DOW-UAP-D62, Mission Report, Strait of Hormuz, September 2020
Agency: Department of War
Incident date: 9/16/20
Incident location: Strait of Hormuz
Page 7
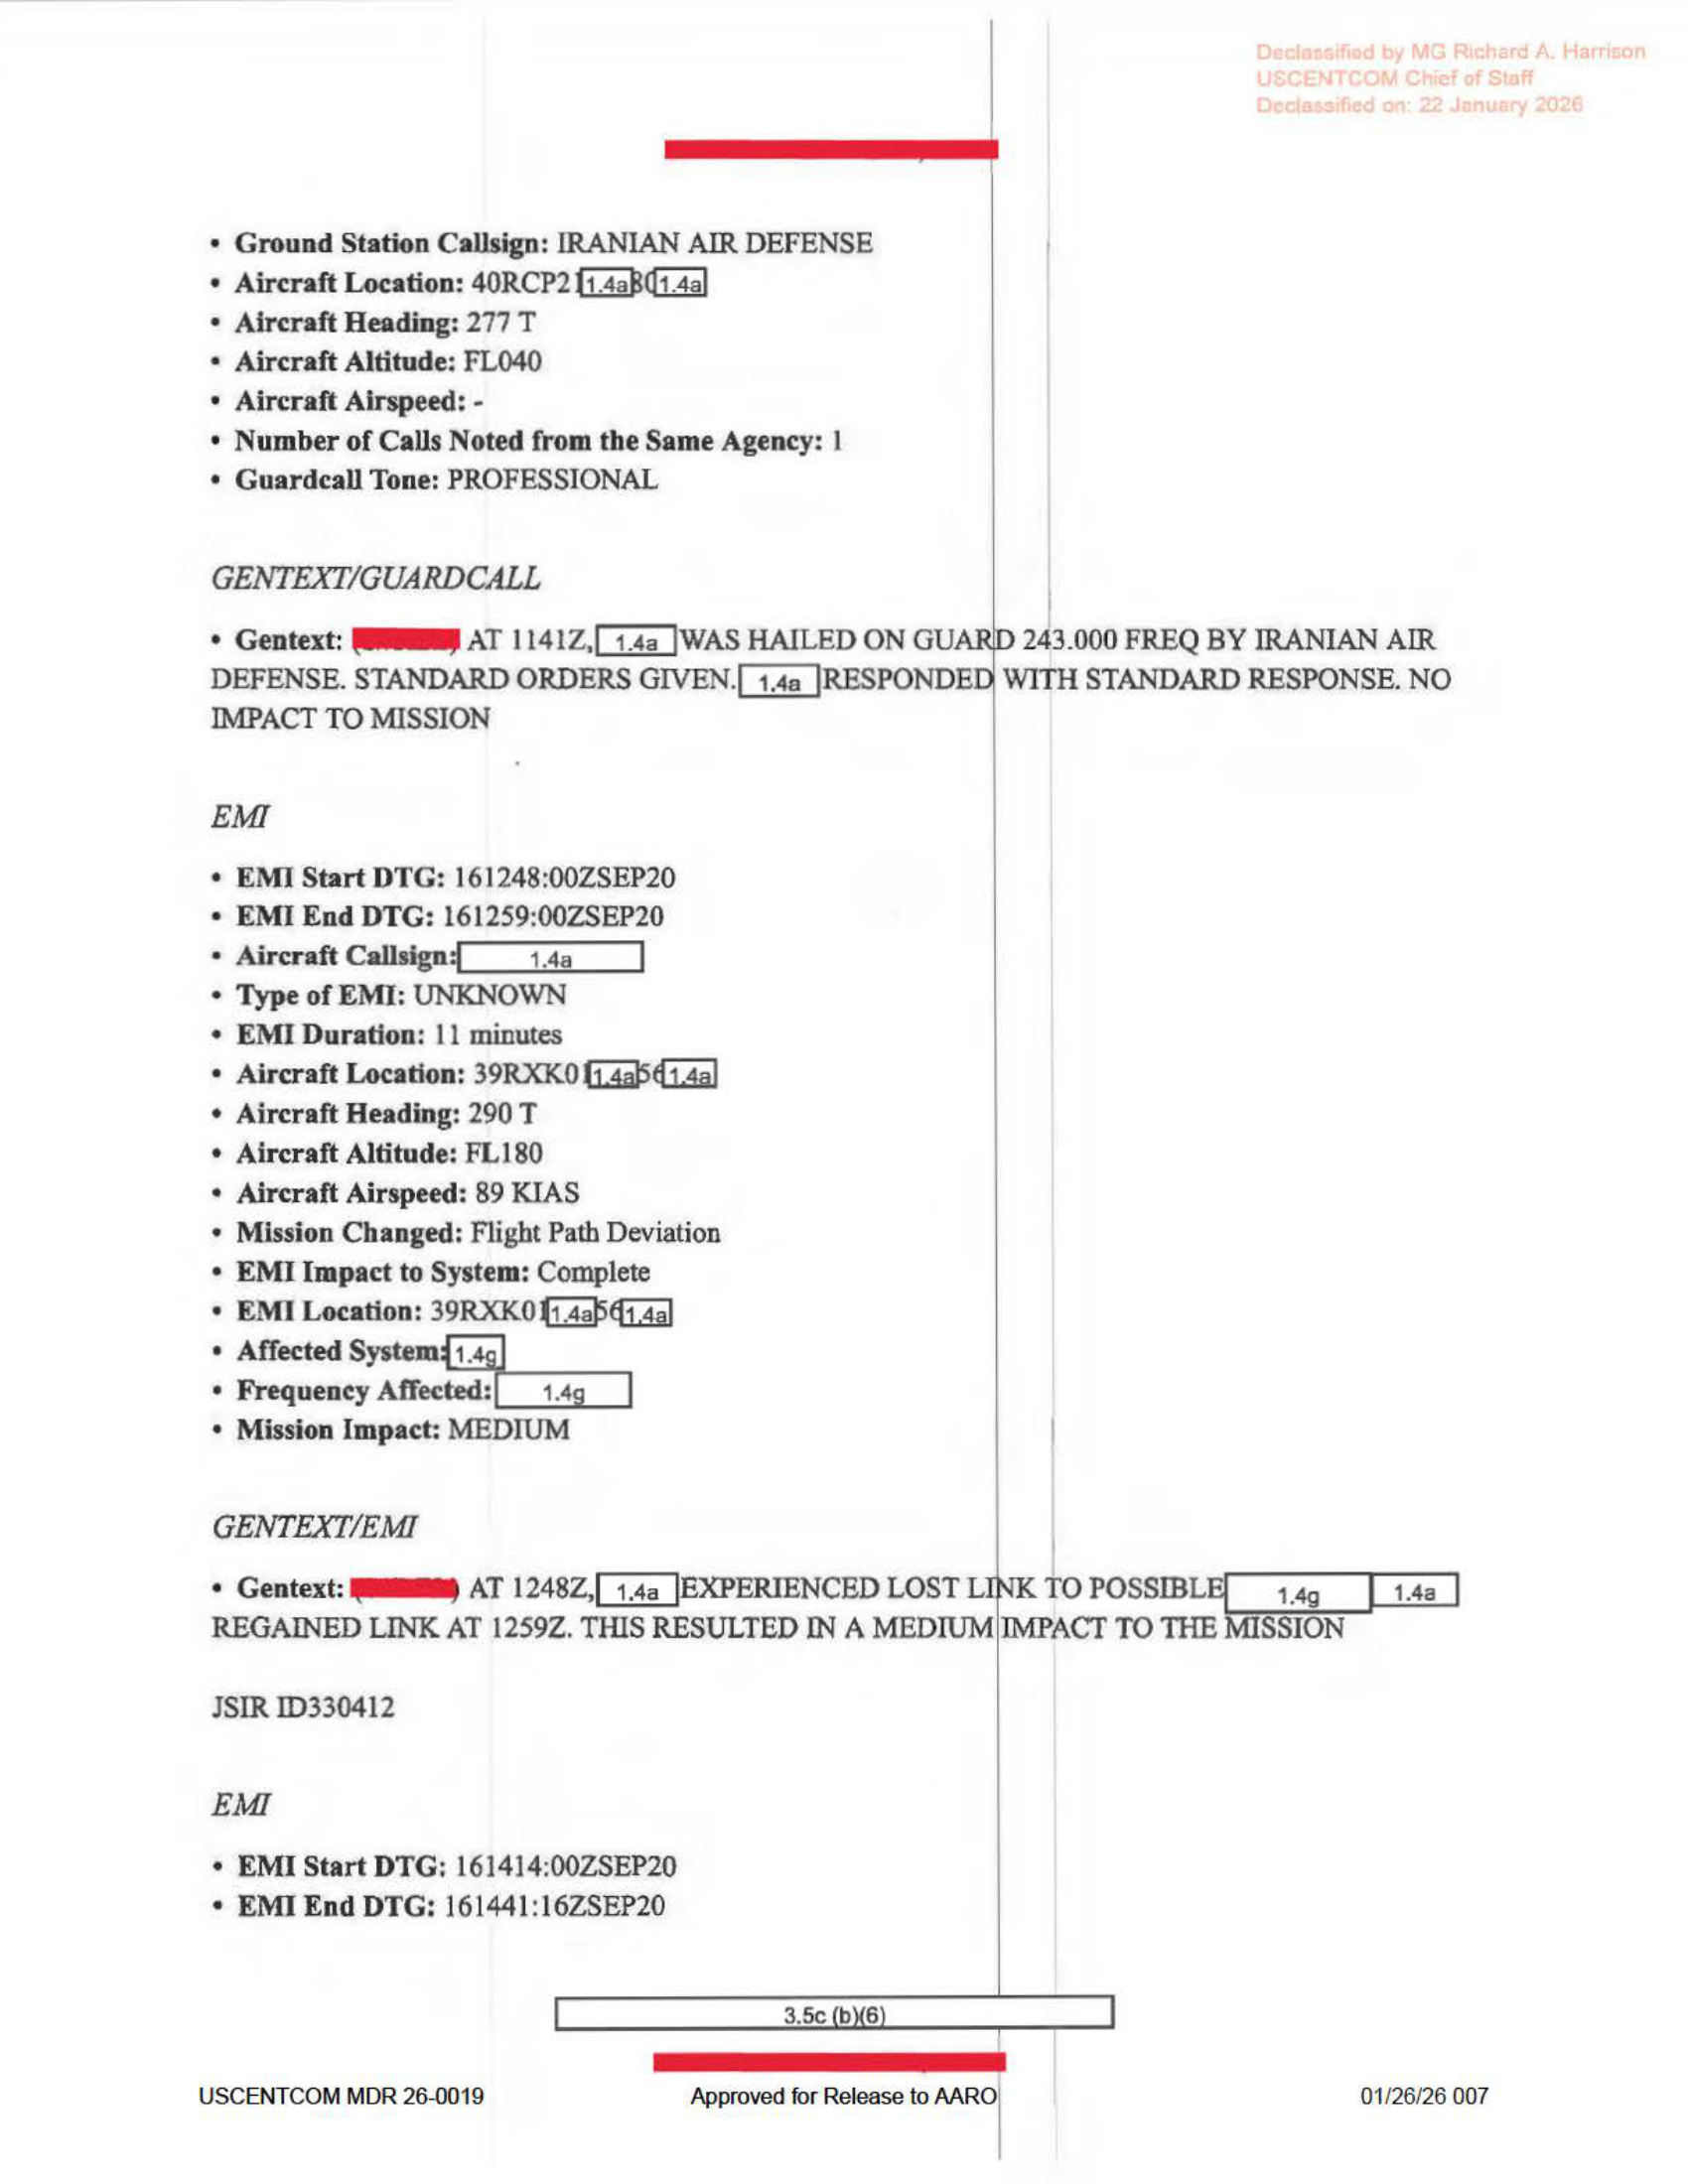